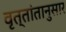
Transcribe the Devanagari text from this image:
वृत्तांतानुसार